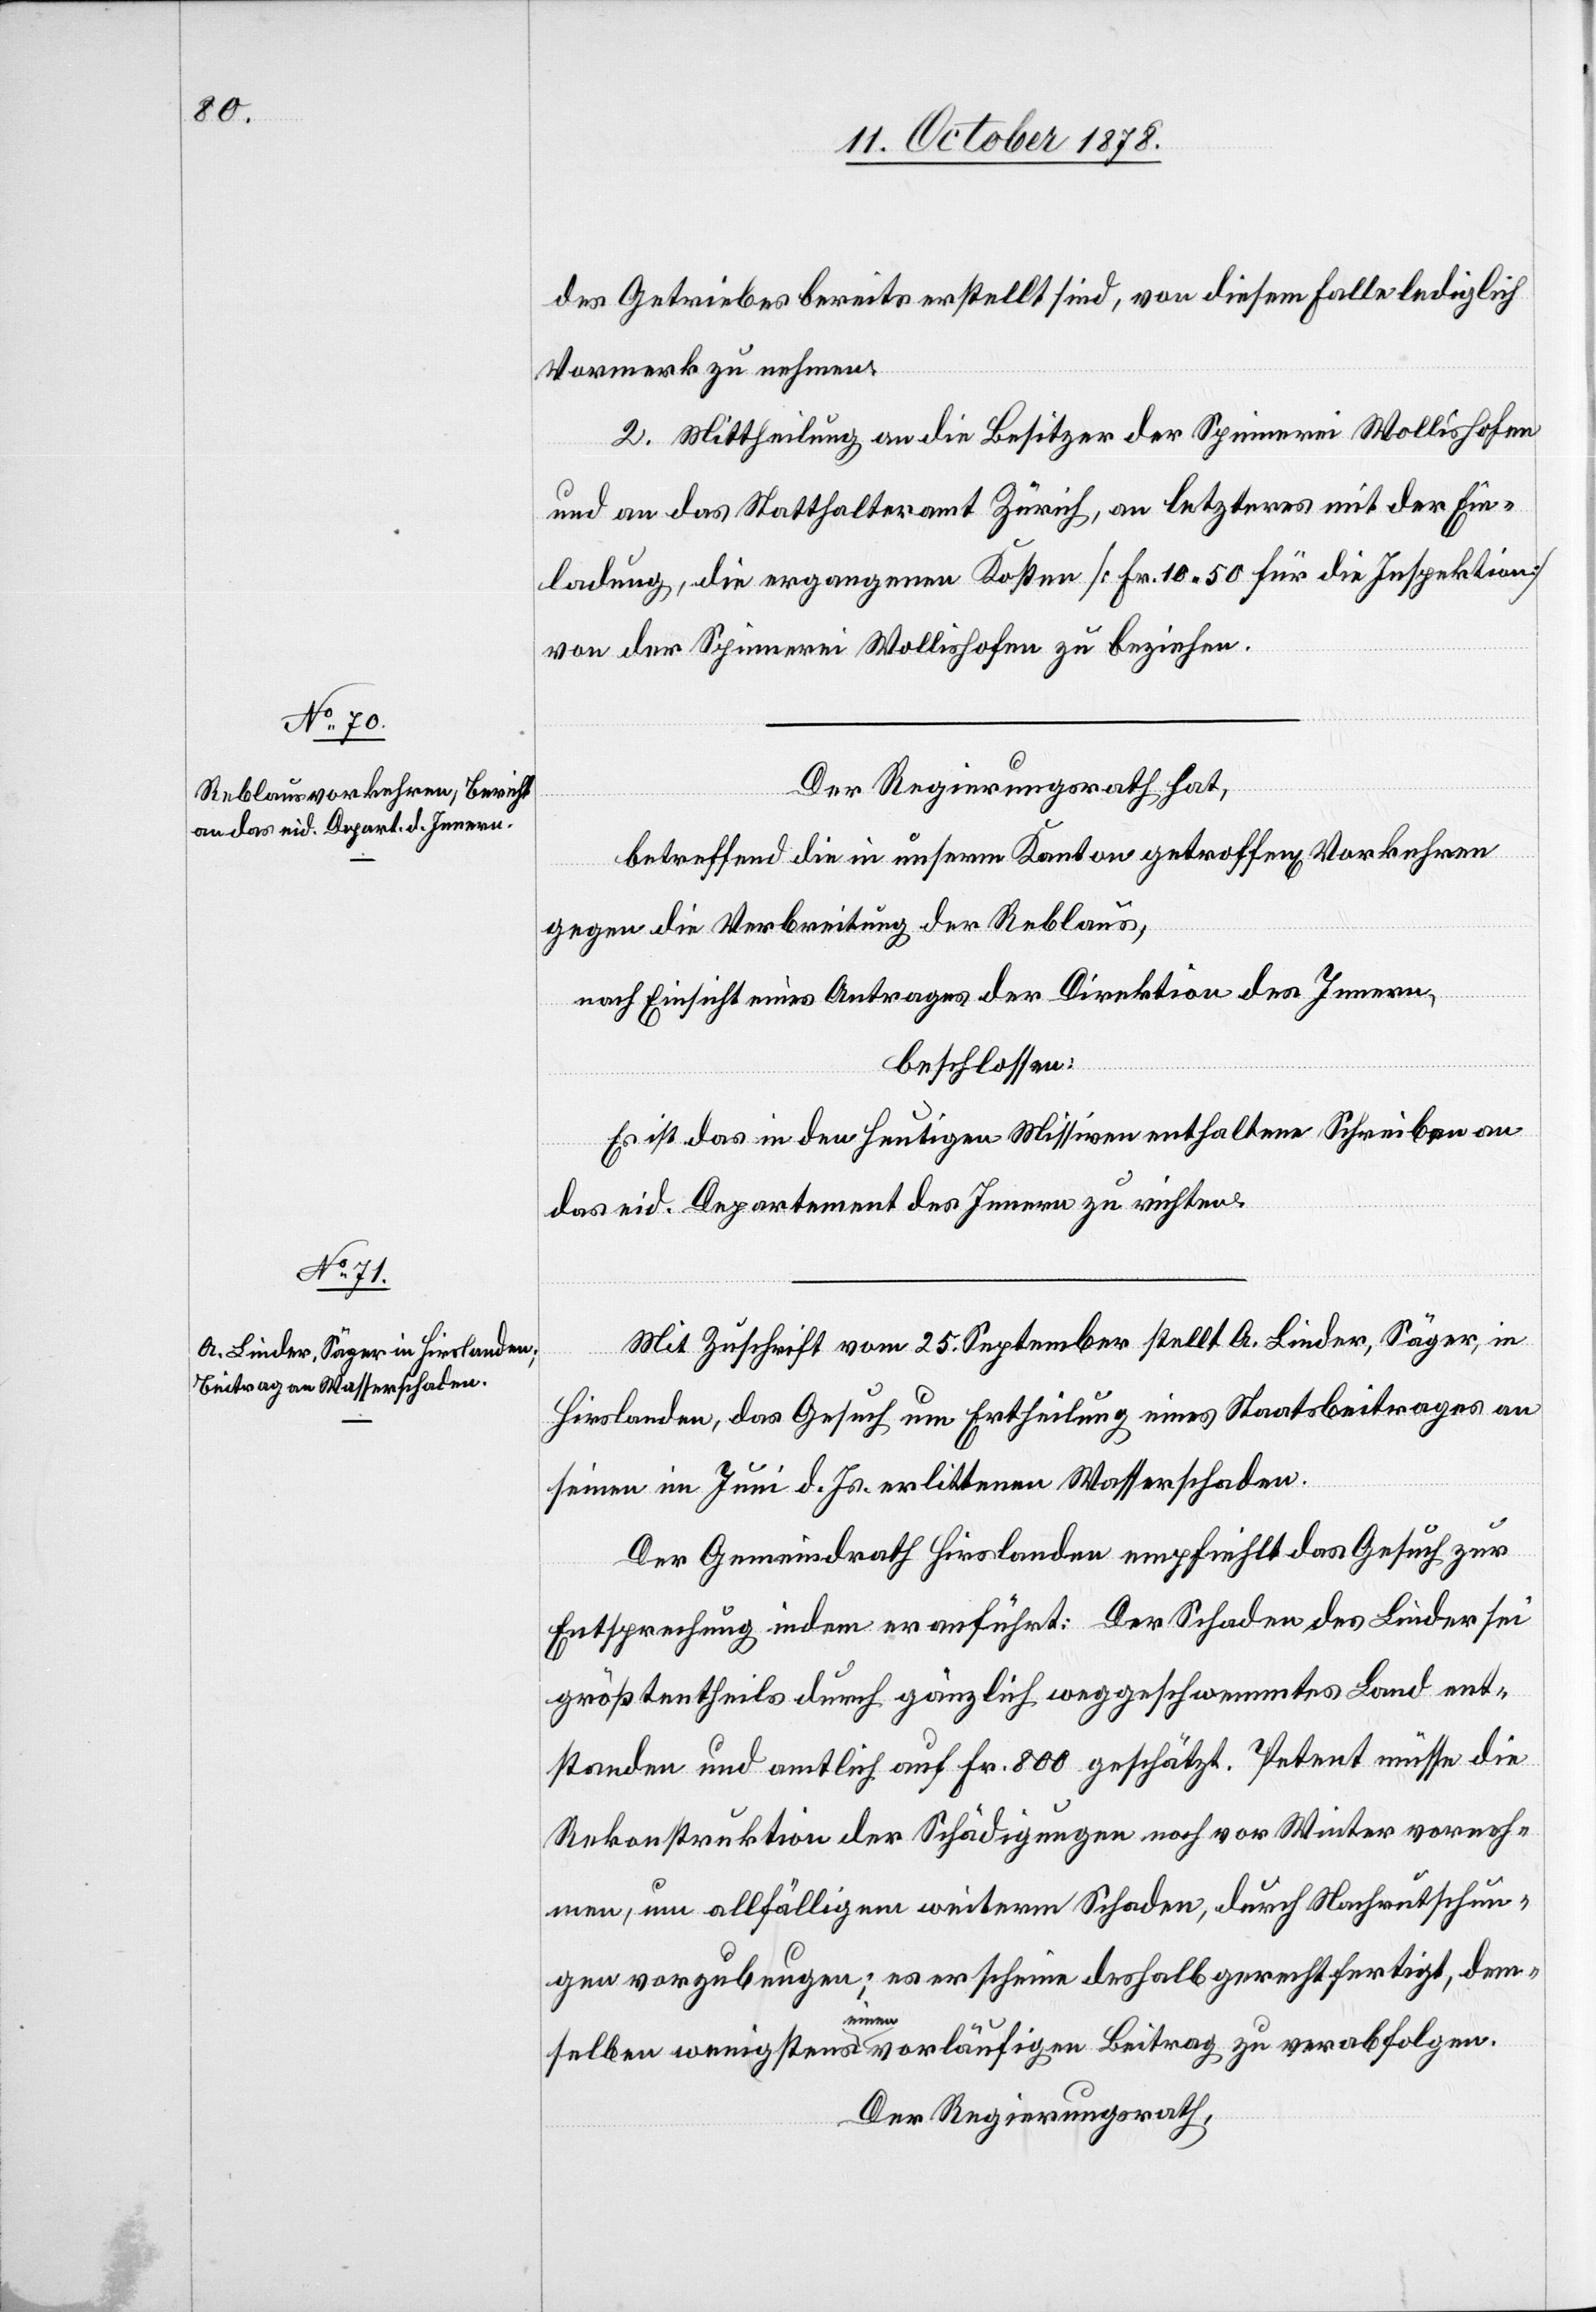
des Getriebes bereits erstellt sind, von diesem Falle lediglich
Vormerk zu nehmen.
2. Mittheilung an die Besitzer der Spinnerei Wollishofen
und an das Statthalteramt Zürich, an letzteres mit der Ein¬
ladung, die ergangenen Kosten [Fr. 10 50 für die Inspektion]
von der Spinnerei Wollishofen zu beziehen.
Der Regierungsrath hat,
betreffend die in unserm Kanton getroffen[en] Vorkehren
gegen die Verbreitung der Reblaus,
nach Einsicht eines Antrages der Direktion des Innern,
beschlossen:
Es ist das in den heutigen Missiven enthaltene Schreiben an
das eid. Departement des Innern zu richten.
Mit Zuschrift vom 25. September stellt A. Linder, Säger, in
Hirslanden, das Gesuch um Ertheilung eines Staatsbeitrages an
seinen im Juni d. Js. erlittenen Wasserschaden.
Der Gemeindrath Hirslanden empfiehlt das Gesuch zur
Entsprechung indem er anführt: Der Schaden des Linder sei
größtentheils durch gänzlich weggeschwemmtes Land ent¬
standen und amtlich auf Fr. 800 geschätzt. Petent müsse die
Rekonstruktion der Schädigungen noch vor Winter vorneh¬
men, um allfälligen weitern Schaden, durch Nachrutschun¬
gen vorzubeugen; es erscheine deshalb gerechtfertigt, dem¬
selben wenigstens einen vorläufigen Beitrag zu verabfolgen.
Der Regierungsrath,